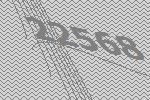
22568